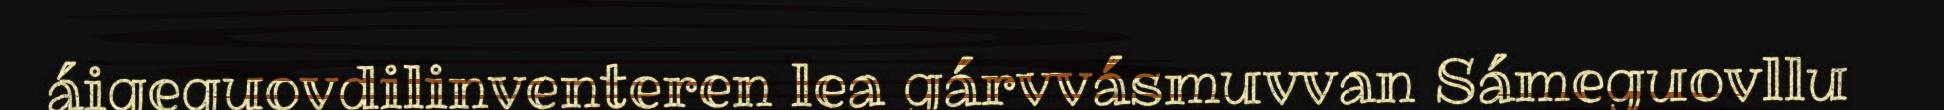
áigeguovdilinventeren lea gárvvásmuvvan Sámeguovllu